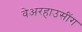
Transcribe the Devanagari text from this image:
वेअरहाउसींग